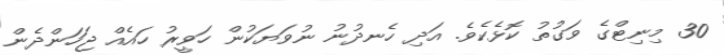
30 މިނިޓްގެ ވަގުތު ކޮޅެކެވެ. އަދި ހެނދުނު ނުވަޔަކުން ހަވީރު ހައެއް ޖަހަންދެން